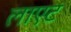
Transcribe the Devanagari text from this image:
लाएट